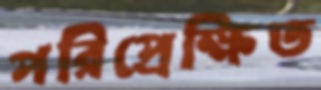
পরিপ্রেক্ষিত